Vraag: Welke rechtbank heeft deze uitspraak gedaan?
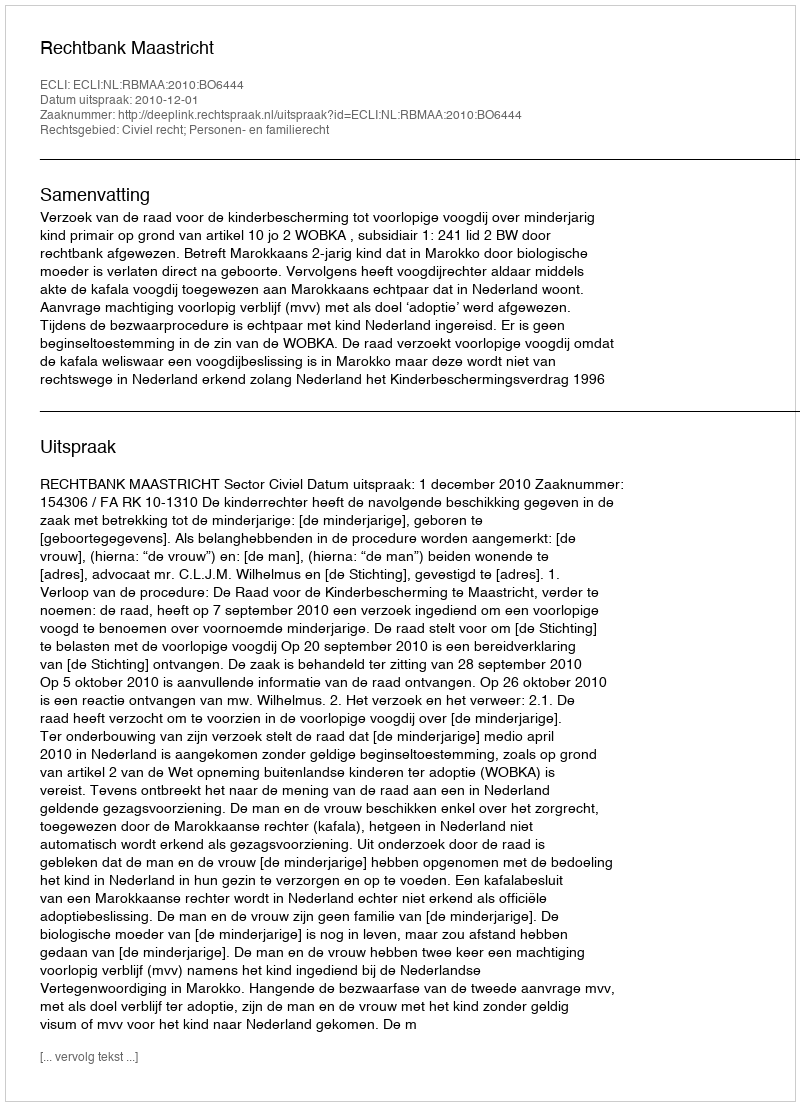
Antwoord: Rechtbank Maastricht